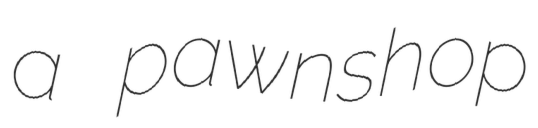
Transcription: a pawnshop